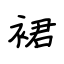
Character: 裙